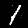
Digit: 1